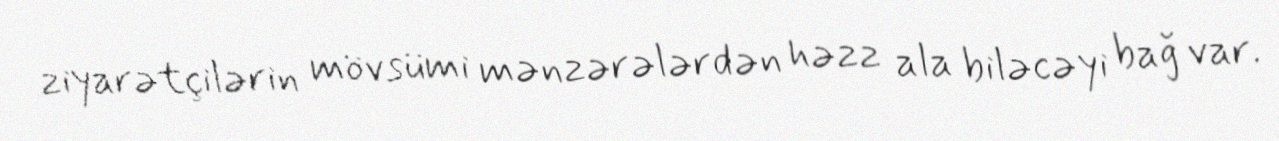
ziyarətçilərin mövsümi mənzərələrdən həzz ala biləcəyi bağ var.